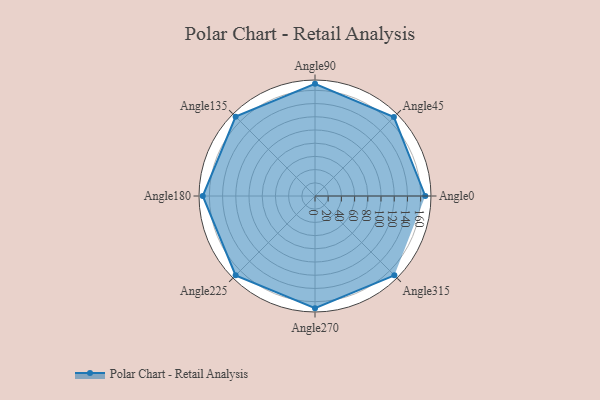
{"axis": {"x": "Angle", "y": "Radius"}, "legend": [""], "data": [{"x": "Angle0", "y": 167.0, "type": ""}, {"x": "Angle45", "y": 169.0, "type": ""}, {"x": "Angle90", "y": 170, "type": ""}, {"x": "Angle135", "y": 170, "type": ""}, {"x": "Angle180", "y": 170, "type": ""}, {"x": "Angle225", "y": 170, "type": ""}, {"x": "Angle270", "y": 170, "type": ""}, {"x": "Angle315", "y": 170, "type": ""}]}